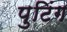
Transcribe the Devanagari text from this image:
पुटिंग